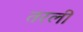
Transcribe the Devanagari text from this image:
तरली